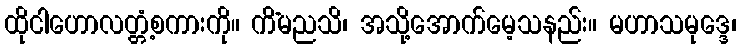
ထိုငါဟောလတ္တံ့စကားကို။ ကိံမညသိ၊ အသို့အောက်မေ့သနည်း။ မဟာသမုဒ္ဒေ၊